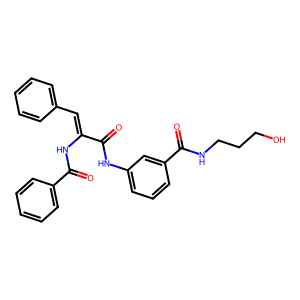
SMILES: O=C(Nc1cccc(C(=O)NCCCO)c1)C(=Cc1ccccc1)NC(=O)c1ccccc1
Inhibits HIV replication: No